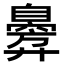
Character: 𫸣